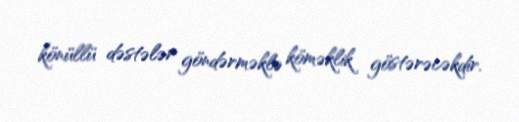
könüllü dəstələr göndərməklə köməklik göstərəcəkdir.